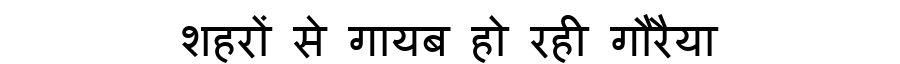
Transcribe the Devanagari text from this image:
शहरों से गायब हो रही गौरैया